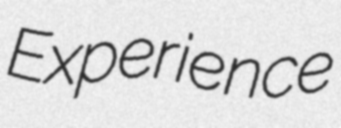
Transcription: Experience